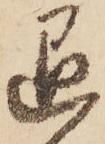
退